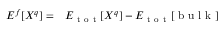
\begin{array} { r l } { E ^ { f } [ X ^ { q } ] = } & { { } E _ { \mathrm { ~ t ~ o ~ t ~ } } [ X ^ { q } ] - E _ { \mathrm { ~ t ~ o ~ t ~ } } [ \mathrm { ~ b ~ u ~ l ~ k ~ } ] } \end{array}